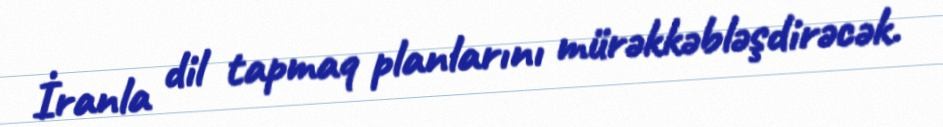
İranla dil tapmaq planlarını mürəkkəbləşdirəcək.